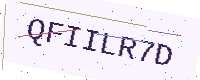
Text: QFIILR7D